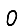
Digit: 0